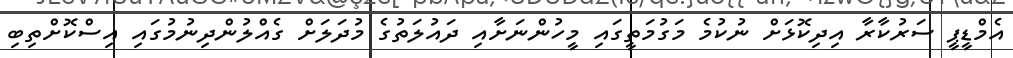
އެމްޑީޕީ ސަރުކާރާ އިދިކޮޅަށް ނުކުމެ މަގުމަތީގައި މީހުންނަށާއި ދައުލަތުގެ މުދަލަށް ގެއްލުންދިނުމުގައި އިސްކޮށްތިބި